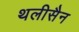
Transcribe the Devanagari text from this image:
थलीसैन